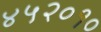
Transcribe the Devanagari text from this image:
४५२०१०